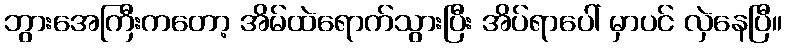
ဘွားအေကြီးကတော့ အိမ်ထဲရောက်သွားပြီး အိပ်ရာပေါ် မှာပင် လှဲနေပြီ။